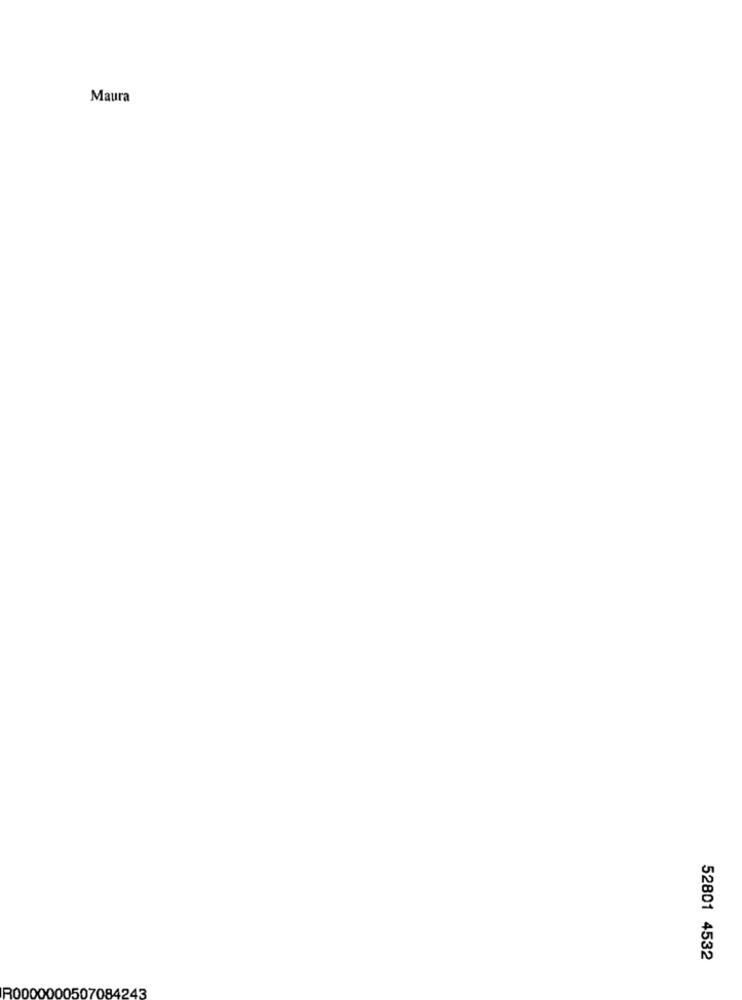
Maura
52801 4532
R0000000507084243